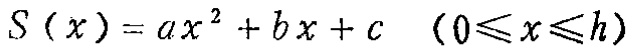
\[S(x)=ax^{2}+bx + c\quad(0\leqslant x\leqslant h)\]